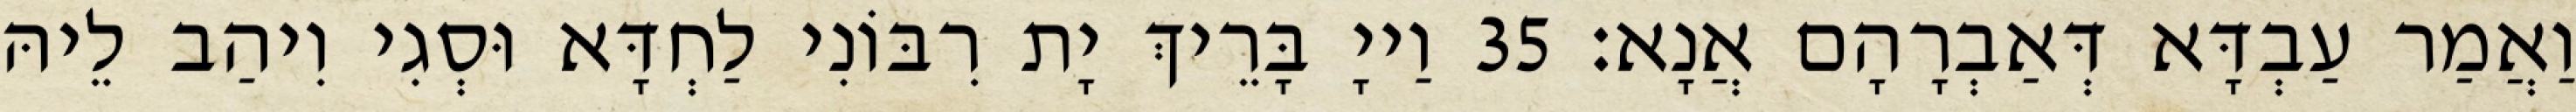
וַאֲמַר עַבְדָּא דְּאַבְרָהָם אֲנָא׃ 35 וַייָ בָּרֵיךְ יָת רִבּוֹנִי לַחְדָּא וּסְגִי וִיהַב לֵיהּ